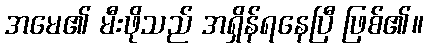
အမေ၏ မီးဖိုသည် အရှိန်ရနေပြီ ဖြစ်၏။